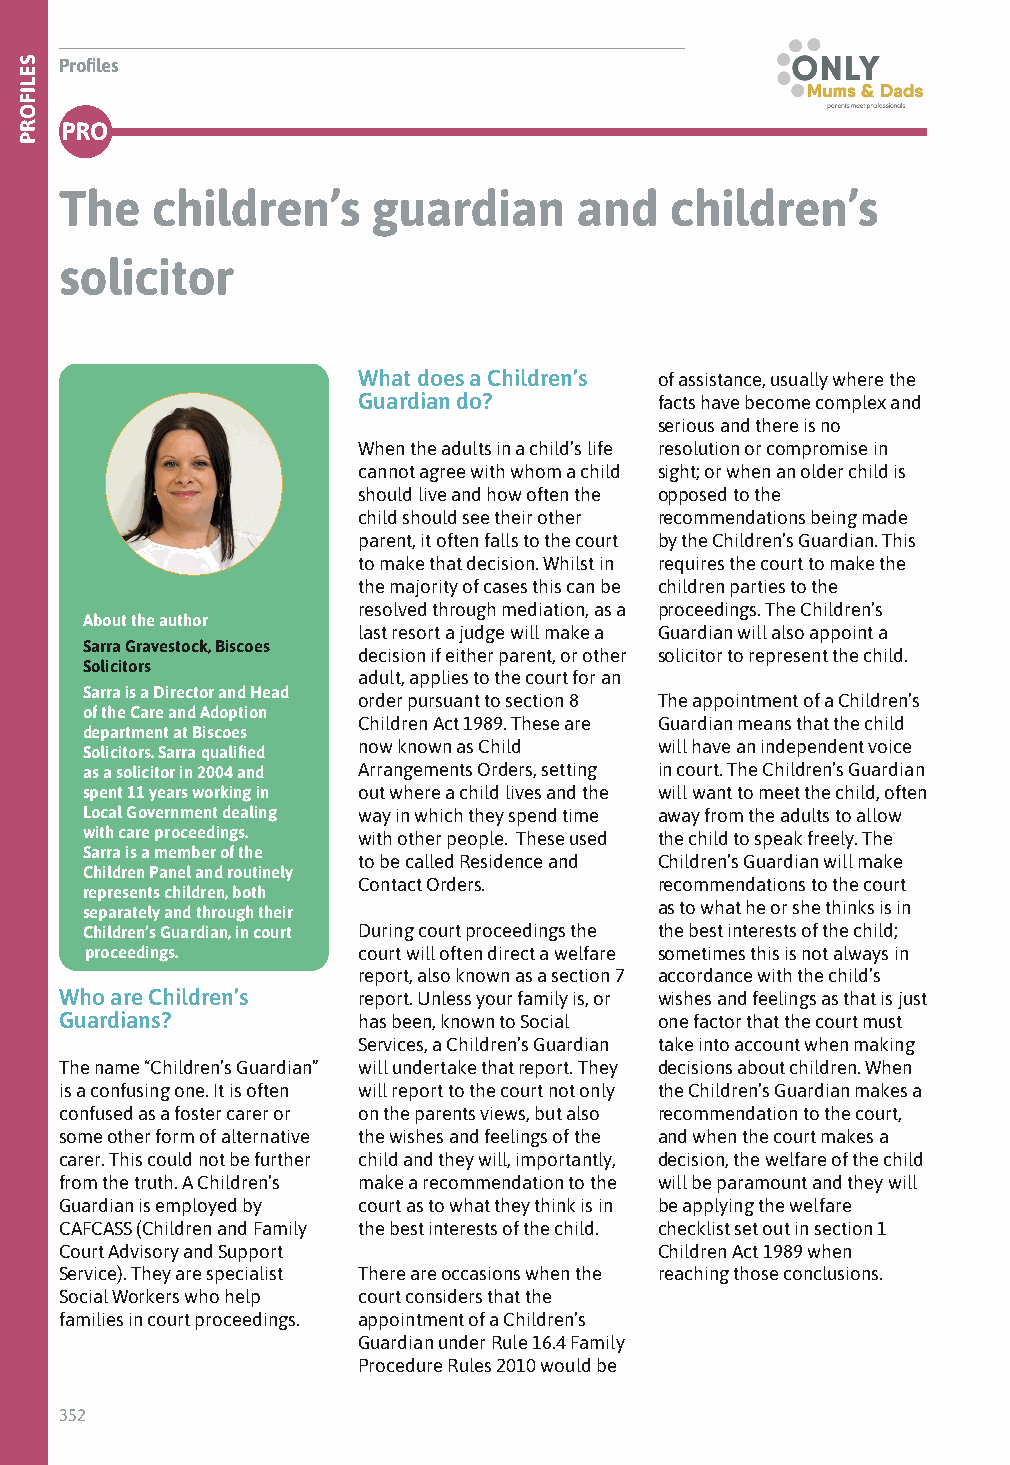
Profiles
 PRO
 The   children’s     guardian     and   children’s
 solicitor
 What does a Children’s of assistance, usually where the
 Guardian do?        facts have become complex and
 serious and there is no
 When the adults in a child’s life resolution or compromise in
 cannot agree with whom a child sight; or when an older child is
 should live and how often the opposed to the
 child should see their other recommendations being made
 parent, it often falls to the court by the Children’s Guardian. This
 to make that decision. Whilst in requires the court to make the
 the majority of cases this can be children parties to the
 resolved through mediation, as a proceedings. The Children’s
 About the author
 last resort a judge will make a Guardian will also appoint a
 Sarra Gravestock, Biscoes
 decision if either parent, or other solicitor to represent the child.
 Solicitors
 adult, applies to the court for an
 Sarra is a Director and Head
 order pursuant to section 8 The appointment of a Children’s
 of the Care and Adoption
 Children Act 1989. These are Guardian means that the child
 department at Biscoes
 now known as Child  will have an independent voice
 Solicitors. Sarra qualified
 as a solicitor in 2004 and Arrangements Orders, setting in court. The Children’s Guardian
 spent 11 years working in out where a child lives and the will want to meet the child, often
 Local Government dealing way in which they spend time away from the adults to allow
 with care proceedings. with other people. These used the child to speak freely. The
 Sarra is a member of the
 to be called Residence and Children’s Guardian will make
 Children Panel and routinely
 Contact Orders.     recommendations to the court
 represents children, both
 as to what he or she thinks is in
 separately and through their
 Children’s Guardian, in court During court proceedings the the best interests of the child;
 proceedings.      court will often direct a welfare sometimes this is not always in
 report, also known as a section 7 accordance with the child’s
 Who are Children’s  report. Unless your family is, or wishes and feelings as that is just
 Guardians?          has been, known to Social one factor that the court must
 Services, a Children’s Guardian take into account when making
 The name “Children’s Guardian” will undertake that report. They decisions about children. When
 is a confusing one. It is often will report to the court not only the Children’s Guardian makes a
 confused as a foster carer or on the parents views, but also recommendation to the court,
 some other form of alternative the wishes and feelings of the and when the court makes a
 carer. This could not be further child and they will, importantly, decision, the welfare of the child
 from the truth. A Children’s make a recommendation to the will be paramount and they will
 Guardian is employed by court as to what they think is in be applying the welfare
 CAFCASS (Children and Family the best interests of the child. checklist set out in section 1
 Court Advisory and Support              Children Act 1989 when
 Service). They are specialist There are occasions when the reaching those conclusions.
 Social Workers who help court considers that the
 families in court proceedings. appointment of a Children’s
 Guardian under Rule 16.4 Family
 Procedure Rules 2010 would be
 352
 SELIFORP